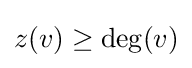
z(v)\geq \deg(v)